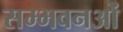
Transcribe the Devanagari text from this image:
सम्भवनओं